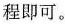
程即可。